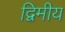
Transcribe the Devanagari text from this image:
द्विमीय